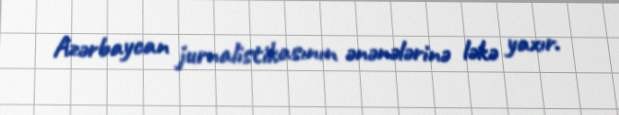
Azərbaycan jurnalistikasının ənənələrinə ləkə yaxır.